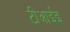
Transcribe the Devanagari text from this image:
टीआईइ